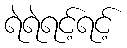
ရဲရဲရင့်ရင့်